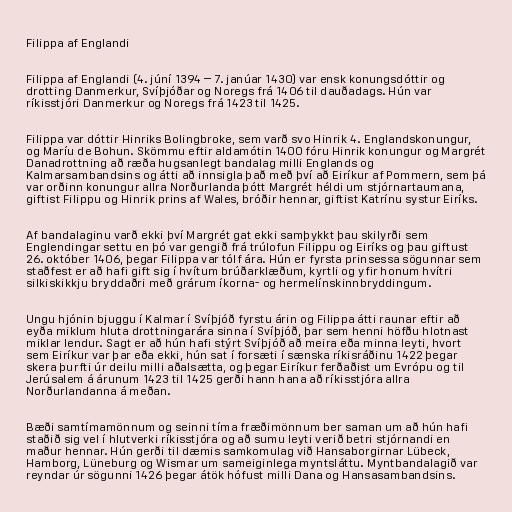
Filippa af Englandi

Filippa af Englandi (4. júní 1394 – 7. janúar 1430) var ensk konungsdóttir og
drotting Danmerkur, Svíþjóðar og Noregs frá 1406 til dauðadags. Hún var
ríkisstjóri Danmerkur og Noregs frá 1423 til 1425.

Filippa var dóttir Hinriks Bolingbroke, sem varð svo Hinrik 4. Englandskonungur,
og Maríu de Bohun. Skömmu eftir aldamótin 1400 fóru Hinrik konungur og Margrét
Danadrottning að ræða hugsanlegt bandalag milli Englands og
Kalmarsambandsins og átti að innsigla það með því að Eiríkur af Pommern, sem þá
var orðinn konungur allra Norðurlanda þótt Margrét héldi um stjórnartaumana,
giftist Filippu og Hinrik prins af Wales, bróðir hennar, giftist Katrínu systur Eiríks.

Af bandalaginu varð ekki því Margrét gat ekki samþykkt þau skilyrði sem
Englendingar settu en þó var gengið frá trúlofun Filippu og Eiríks og þau giftust
26. október 1406, þegar Filippa var tólf ára. Hún er fyrsta prinsessa sögunnar sem
staðfest er að hafi gift sig í hvítum brúðarklæðum, kyrtli og yfir honum hvítri
silkiskikkju bryddaðri með grárum íkorna- og hermelínskinnbryddingum.

Ungu hjónin bjuggu í Kalmar í Svíþjóð fyrstu árin og Filippa átti raunar eftir að
eyða miklum hluta drottningarára sinna í Svíþjóð, þar sem henni höfðu hlotnast
miklar lendur. Sagt er að hún hafi stýrt Svíþjóð að meira eða minna leyti, hvort
sem Eiríkur var þar eða ekki, hún sat í forsæti í sænska ríkisráðinu 1422 þegar
skera þurfti úr deilu milli aðalsætta, og þegar Eiríkur ferðaðist um Evrópu og til
Jerúsalem á árunum 1423 til 1425 gerði hann hana að ríkisstjóra allra
Norðurlandanna á meðan.

Bæði samtímamönnum og seinni tíma fræðimönnum ber saman um að hún hafi
staðið sig vel í hlutverki ríkisstjóra og að sumu leyti verið betri stjórnandi en
maður hennar. Hún gerði til dæmis samkomulag við Hansaborgirnar Lübeck,
Hamborg, Lüneburg og Wismar um sameiginlega myntsláttu. Myntbandalagið var
reyndar úr sögunni 1426 þegar átök hófust milli Dana og Hansasambandsins.